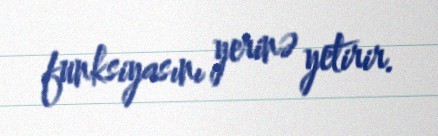
funksiyasını yerinə yetirir.